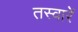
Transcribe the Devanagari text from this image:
तस्‍वारें